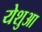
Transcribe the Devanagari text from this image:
येशुआ